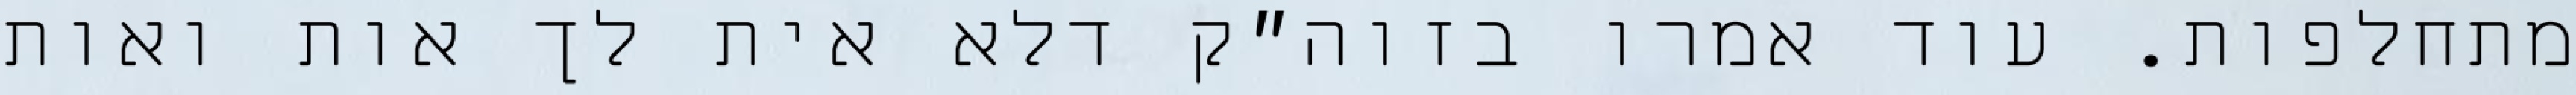
מתחלפות. עוד אמרו בזוה״ק דלא אית לך אות ואות